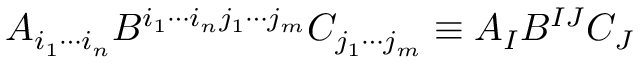
A _ { i _ { 1 } \cdots i _ { n } } B ^ { i _ { 1 } \cdots i _ { n } j _ { 1 } \cdots j _ { m } } C _ { j _ { 1 } \cdots j _ { m } } \equiv A _ { I } B ^ { I J } C _ { J }